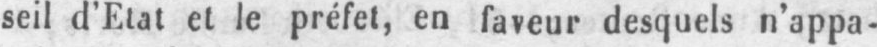
seil d’Etat et le préfet, en faveur desquels n’appa-